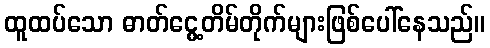
ထူထပ်သော ဓာတ်ငွေ့တိမ်တိုက်များဖြစ်ပေါ်နေသည်။